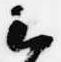
云